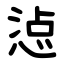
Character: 惉